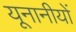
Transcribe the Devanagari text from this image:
यूनानीयों